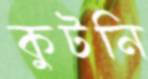
কুটনি